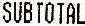
SUBTOTAL